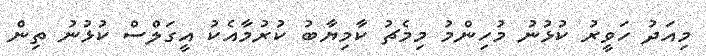
މިއަދު ހަވީރު ކުޅުނު މުހިންމު މިމެޗު ކާމިޔާބު ކުރުމާއެކު އީގަލްސް ކުޅުނު ތިން